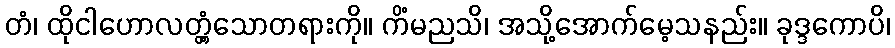
တံ၊ ထိုငါဟောလတ္တံ့သောတရားကို။ ကိံမညသိ၊ အသို့အောက်မေ့သနည်း။ ခုဒ္ဒကောပိ၊